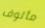
مألوف